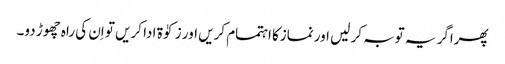
پھراگر یہ توبہ کر لیں اور نمازکا اہتمام کریں اور زکوٰۃ ادا کریں تو اِن کی راہ چھوڑ دو۔